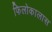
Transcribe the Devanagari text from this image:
फिलोकालास